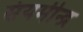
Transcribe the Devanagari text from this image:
संयमीन्द्र